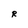
Character: R